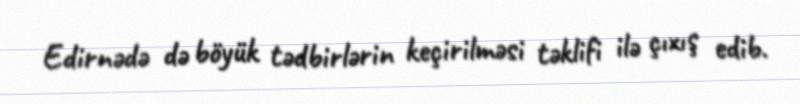
Edirnədə də böyük tədbirlərin keçirilməsi təklifi ilə çıxış edib.